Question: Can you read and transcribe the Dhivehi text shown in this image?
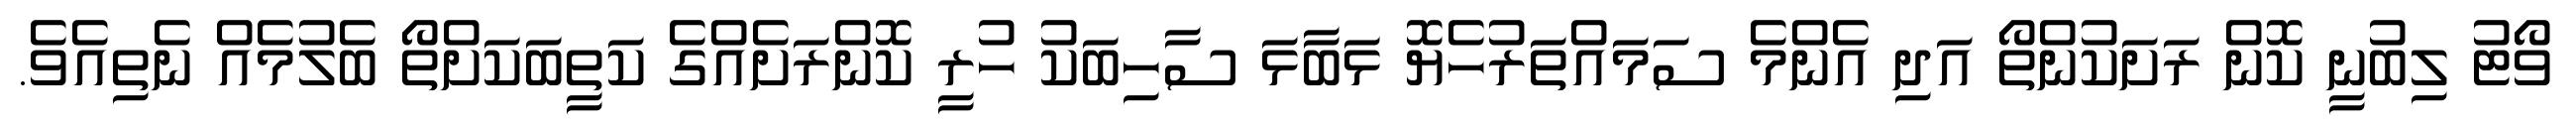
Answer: ވޯޓު ލިބުނީ ކޮން ރަށަކުންތޯ އަދި އެންމެ ސަމައްތަރުހެޔޮ ޅަބާޅަ ސާހިބަކު ހުރީ ކޮންރަށެއްގެ ކަތީބަކަށްތޯ ބެލުމެއް ނެތިއެވެ.